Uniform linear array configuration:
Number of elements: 12
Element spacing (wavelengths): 0.75
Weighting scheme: exponential
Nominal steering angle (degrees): -30
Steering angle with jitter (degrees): -28.494
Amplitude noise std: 0.05
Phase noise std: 0.05

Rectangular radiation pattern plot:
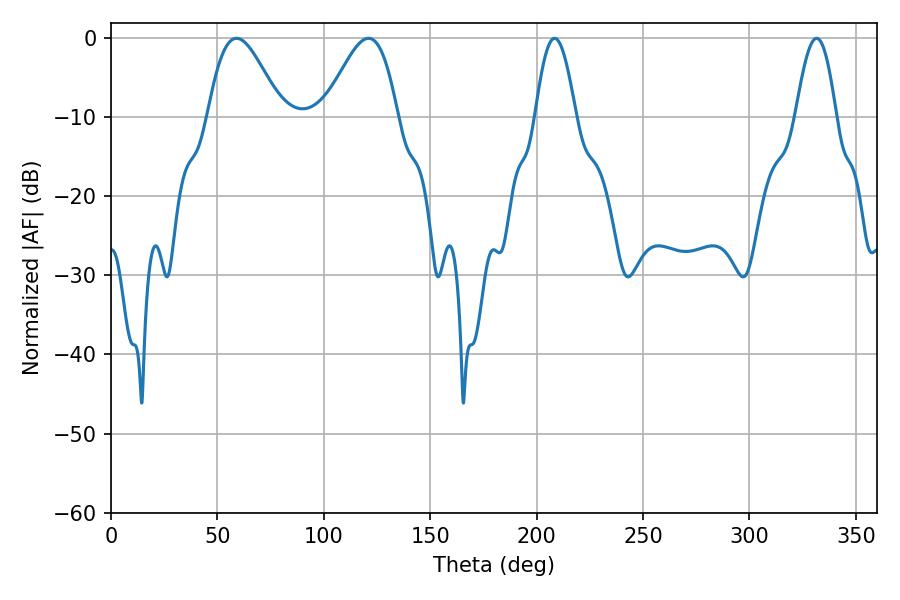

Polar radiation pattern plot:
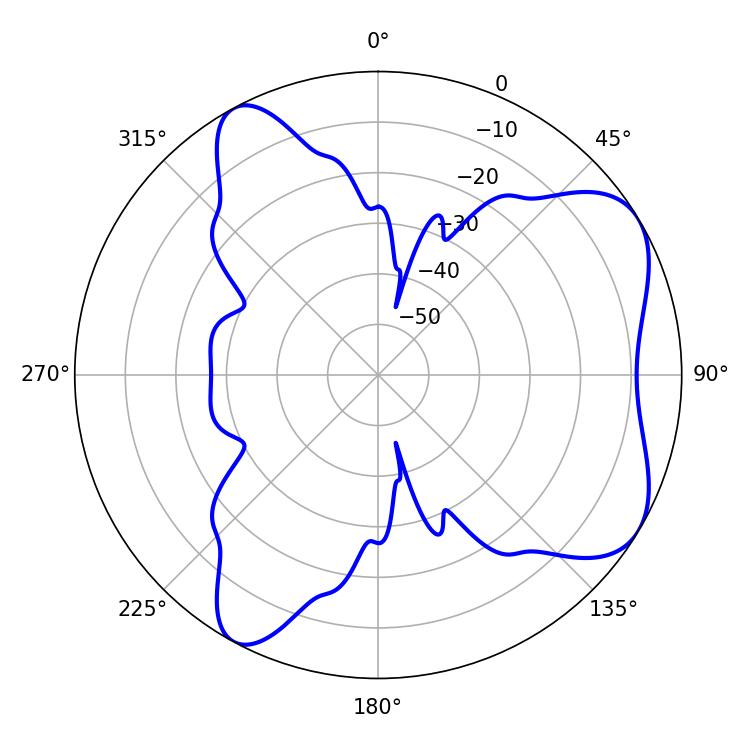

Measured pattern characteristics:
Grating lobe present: TRUE
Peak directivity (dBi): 6.374
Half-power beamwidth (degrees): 10.26
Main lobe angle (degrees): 208.44